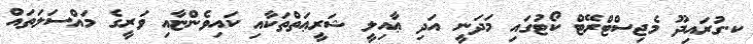
ކ.ގުރައިދޫ މެޖިސްޓްރޭޓް ކޯޓުގައި މަދަނީ އަދި ޢާއިލީ ޝަރީޢަތްތަކާއި ކައިވެންޏާއި ވަރީގެ މައްސަލަތައް